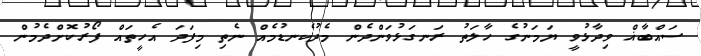
ސައްބާޣް ވިދާޅުވީ ޔަމަނުގެ ހާލަތުު ރަނގަޅުވަންދެން މެދުކެނޑުމެއް ނެތި މިފަދަ އެހީތައް ފޯރުކޮށްދެމުން